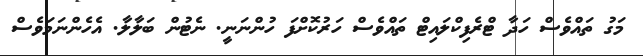
މަގު ތައްވެސް ހަދާ ޓްރެފިކްލައިޓް ތައްވެސް ހަރުކޮށްފަ ހުންނަނީ. ނެޓުން ބަލާލާ. އެހެންނަމަވެސް